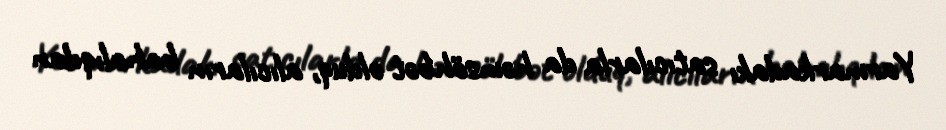
Yarmarkadakı satıcılarla da həmsöhbət olduq, alıcıların bahalıqdan